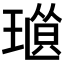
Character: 𤨜